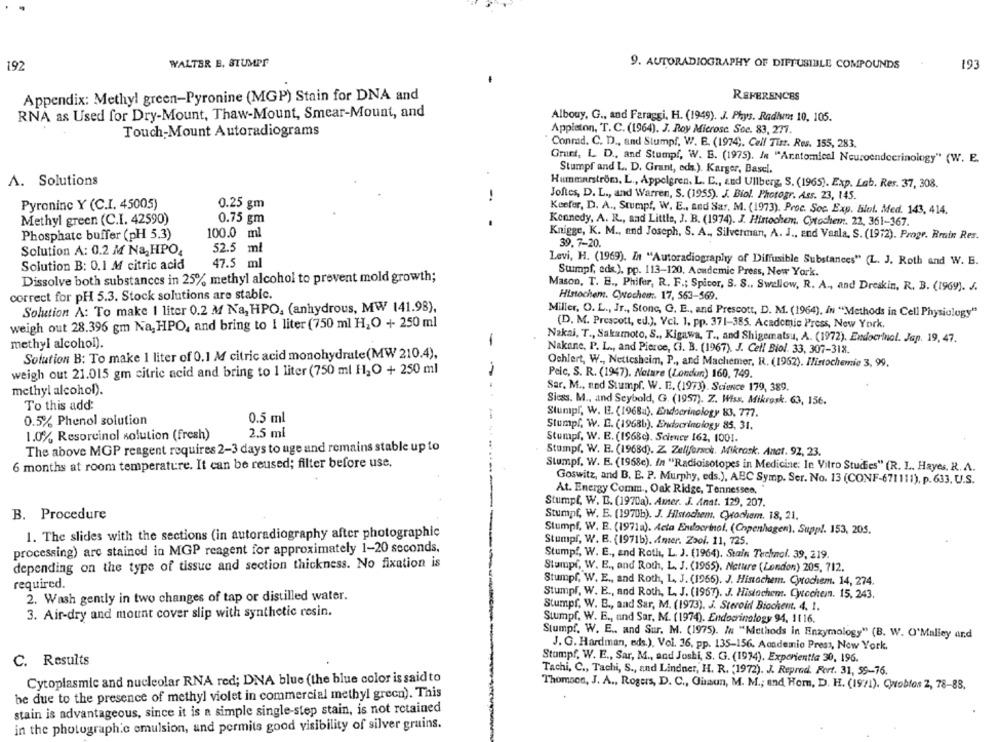
192
WALTER B. STUMPF
9. AUTORADIOGRAPHY OF DIFFUSIBLE COMPOUNDS
193
Appendix: Methyl green-Pyronine (MGP) Stain for DNA and
REFERENCES
RNA as Used for Dry-Mount, Thaw-Mount, Smear-Mount, and
Albouy, G ., and Faraggi, H. (1949). J. Phys. Radiwm: 10, 105.
Touch-Mount Autoradiograms
Appiston, T. C. (1964). J. Roy Microsc. Soc. 83, 271.
Conrad. C. D ., and Stumpf, W. E. (1974 ;. Cell Tist. Res. 155, 283.
Orunt, L. D ., and Stumpf, W. E. (1975). In "Anatomical Neuroendocrinology" (W. E.
Stumpf and L. D. Grant, eds.). Karger, Basel.
A. Solutions
Hummerström, L ., Appelgren, L. C ., and Ullberg, S. (1965). Exp. Lab. Res. 37, 308.
!
Joftes, D. L ., and Warren, S. (1955). J. Biol. Photogr. Ass. 23, 145.
Pyroninc Y (C.I. 45005)
0.25 gm
Keefer, D. A ., Stumpf, W. E ., and Sar. M. (1973). Proc. Soc. Exp. Blot. Med. 143, 414.
Methyl green (C.I. 42590)
0.75 gm
Kennedy, A. R ., aad Little, J. B. (1974). J. Histochem. Cytochem. 22, 361-167.
Phosphate buffer (pH 5.3)
100.0 ml
Knigge, K. M ., and Joseph, S. A ., Silverman, A. J ., and Vaala. S. (1912). Progr. Brain Res.
39.7-20.
Solution A: 0.2 M Na, HPO,
52.5 ml
Solution B: 0.1 M citric acid
47.5 ml
Levi, H. (1969). In "Autoradiography of Diffusible Substances" (L. J. Roth and W. E.
Stumpf, eds.), pp. 113-120, Academic Press, New York.
Dissolve both substances in 25% methyl alcohol to prevent mold growth;
Mason, T. B ., Phifer, R. F .; Spicor, S. S ., Swallow, R. A ., and Dreskin, R. B. (1969). J.
correct for pH 5.3. Stock solutions are stable.
Histochem. Cwochen. 17, 563-569.
Solution A: To make 1 liter 0.2 M Na, HPO, (anhydrous, MW 141.98).
Miller, O. L ., Jr ., Stone, G. E ., and Prescott, D. M. (1964), in "Methods in Cell Physiology"
weigh out 28.396 gm Na, HPO, and bring to 1 liter (750 ml H,O + 250 ml
(D. M. Prescott, ed.), Vcl. 1, pp. 371-385. Academic Press, New York,
Nakai, T ., Sakamoto, S ., Kigawa, T ., and Shigematsu, A. (1972). Endocrinol. Jap. 19, 47.
methyl alcohol).
-
Nakane, P. L ., and Pierce, CI. B. (1967). J. Cell Biol. 33, 307-318.
Solution B: To make 1 liter of 0.1 M citric acid monohydrate(MW 210.4),
Ochlert, W ., Nettesheim, P ., and Machemer, R. (1962). Ilistochemie 3, 99.
weigh out 21.015 gm citric acid and bring to 1 liter (750 ml H2O + 250 ml
Pelc, S. R. (1947). Nature (London) 160, 749.
methyl alcohol).
Sar. M ., ned Stumpf. W. E. (1973). Science 179, 389.
Siess. M ., and Seybold, G. (1957). Z. Wiss, Mikrosk. 63, 156.
To this add:
Stumpf, W. E. (1968a). Endocrinology 83, 777.
0.5% Phenol solution
0.5 ml
Stumpf, W. E. (1968b). Endocrinology 85, 31.
1.0% Resorcinol solution (fresh)
2.5 ml
Stumpf, W. E. (1968c). Science 162, 1001.
The above MGP reagent requires 2-3 days to uge and remains stable up to
Stumpf, W. B. (1968d). Z. Zellforsok. Mikrosk. Anct. 92, 23.
6 months at room temperature. It can be reused; filter before use,
Stumpf, W. E. (1968c). In "Radioisotopes in Medicine: In Vitro Studies" (R. I .. Hayes, R. A.
Goswitz, and B. E. P. Murphy, eds.), ABC Symp. Ser. No. 13 (CONF-671111), p. 633. U.S.
At. Energy Comm ., Oak Ridge, Tennessee,
Stumpf, W. D. (197Da). Amer. J. Anat. 129, 207.
B. Procedure
Stumpf, W. E. (1970b). J. Histochem, Ceochem. 18, 21.
1. The slides with the sections (in autoradiography after photographic
Stumpf, W. E. (1971a). Acta Endocrinol. (Copenhagen), Supp !. 153, 205.
processing) are stained in MGP reagent for approximately 1-20 seconds.
Stumpf, W. B. (1971b). Amer. Zaol. 11, 725.
Stump !, W. E ., and Roth, L. J. (1964). Stain Techol. 39, 219.
depending on the type of tissue and section thickness. No fixation is
Stumpf, W. E ., and Roth, L. J. (1965). Nature (London) 205, 712.
required.
Stumpf, W. E ., and Roth, L. J. (1966). J. Histochem. Cyrochem. 14, 274.
Stumpf, W. E ., and Roth, L. J. (1967). J. Histochem. Cytechem. 15, 243.
2. Wash gently in two changes of tap or distilled water.
Stumpf. W. B ., and Sar, M. (1973). J. Steroid Biochemt. 4. 1.
3. Air-dry and mount cover slip with synthetic resin.
Stumpf. W. E ., und Sar, M. (1974). Endocrinology 94, 11 16.
Stumpf. W. E .. and Sur. M. (1975). In "Methods in Enzymology" (B. W. O'Malley and
J. G. Hardman, eds.), Vol. 36, pp. 135-156. Academic Press, New York.
Stumpf, W. E ., Sar, M ., and Joshi, S. G. (1974). Experientia 30, 196.
C. Results
Tachi, C ., Tachi, S ., and Lindner, H. R. (1972). J. Reprod. Fert. 31, 59-76.
Cytoplasmic and nucleolar RNA red; DNA blue (the blue color is saidto
Thomson, J. A ., Rogers, D. C ., Guaun, M. M .; and Hem, D. H. (1971). Cables 2, 78-88,
be due to the presence of methyl violet in commercial methyl green). This
stain is advantageous, since it is a simple single-step stain, is not retained
in the photograph.c emulsion, and permits good visibility of silver grains.